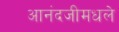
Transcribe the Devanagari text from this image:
आनंदजीमधले